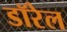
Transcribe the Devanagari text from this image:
डॉरेल